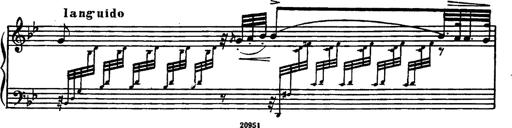
Title: Magyar rapszÃ³diÃ¡k
Composer: Franz Liszt